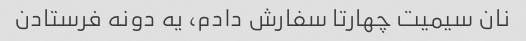
نان سیمیت چهارتا سفارش دادم، یه دونه فرستادن